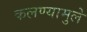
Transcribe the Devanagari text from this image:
कलण्यामुले